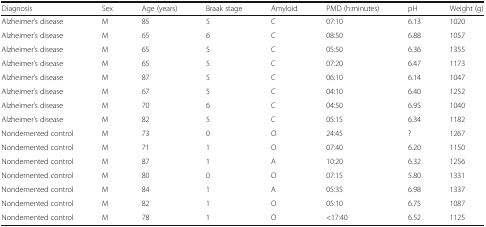
| Diagnosis | Sex | Age (years) | Braak stage | Amyloid | PMD (h:minutes) | pH | Weight (g) |
 | --- | --- | --- | --- | --- | --- | --- | --- |
 | Alzheimer’s disease | M | 85 | 5 | C | 07:10 | 6.13 | 1020 |
 | Alzheimer’s disease | M | 65 | 6 | C | 08:50 | 6.88 | 1057 |
 | Alzheimer’s disease | M | 65 | 5 | C | 05:50 | 6.36 | 1355 |
 | Alzheimer’s disease | M | 65 | 5 | C | 07:20 | 6.47 | 1173 |
 | Alzheimer’s disease | M | 87 | 5 | C | 06:10 | 6.14 | 1047 |
 | Alzheimer’s disease | M | 67 | 5 | C | 04:10 | 6.40 | 1252 |
 | Alzheimer’s disease | M | 70 | 6 | C | 04:50 | 6.95 | 1040 |
 | Alzheimer’s disease | M | 82 | 5 | C | 05:15 | 6.34 | 1182 |
 | Nondemented control | M | 73 | 0 | O | 24:45 | ? | 1267 |
 | Nondemented control | M | 71 | 1 | O | 07:40 | 6.20 | 1150 |
 | Nondemented control | M | 87 | 1 | A | 10:20 | 6.32 | 1256 |
 | Nondemented control | M | 80 | 0 | O | 07:15 | 5.80 | 1331 |
 | Nondemented control | M | 84 | 1 | A | 05:35 | 6.98 | 1337 |
 | Nondemented control | M | 82 | 1 | O | 05:10 | 6.75 | 1087 |
 | Nondemented control | M | 78 | 1 | O | <17:40 | 6.52 | 1125 |